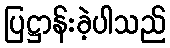
ပြဋ္ဌာန်းခဲ့ပါသည်